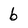
Character: b